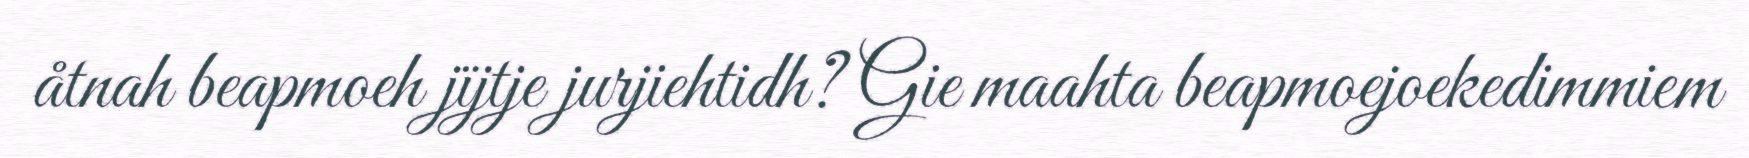
åtnah beapmoeh jïjtje jurjiehtidh? Gie maahta beapmoejoekedimmiem